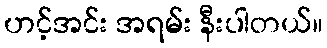
ဟင့်အင်း အရမ်း နီးပါတယ်။